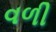
વળી